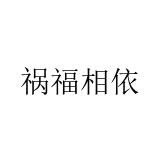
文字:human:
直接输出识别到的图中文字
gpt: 祸福相依